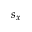
s _ { x }